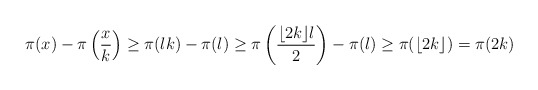
\begin{align*} \pi(x) - \pi \left( \frac{x}{k} \right) \geq \pi(lk) - \pi(l) \geq \pi \left( \frac{ \lfloor 2k \rfloor l}{2} \right) - \pi(l) \geq \pi(\lfloor 2k \rfloor)= \pi(2k)\end{align*}